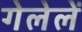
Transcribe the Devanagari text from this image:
गेलेलें